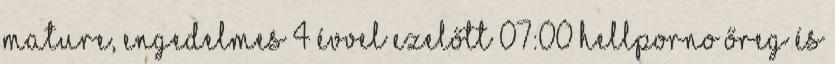
mature, engedelmes 4 évvel ezelőtt 07:00 HellPorno őreg és